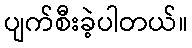
ပျက်စီးခဲ့ပါတယ်။